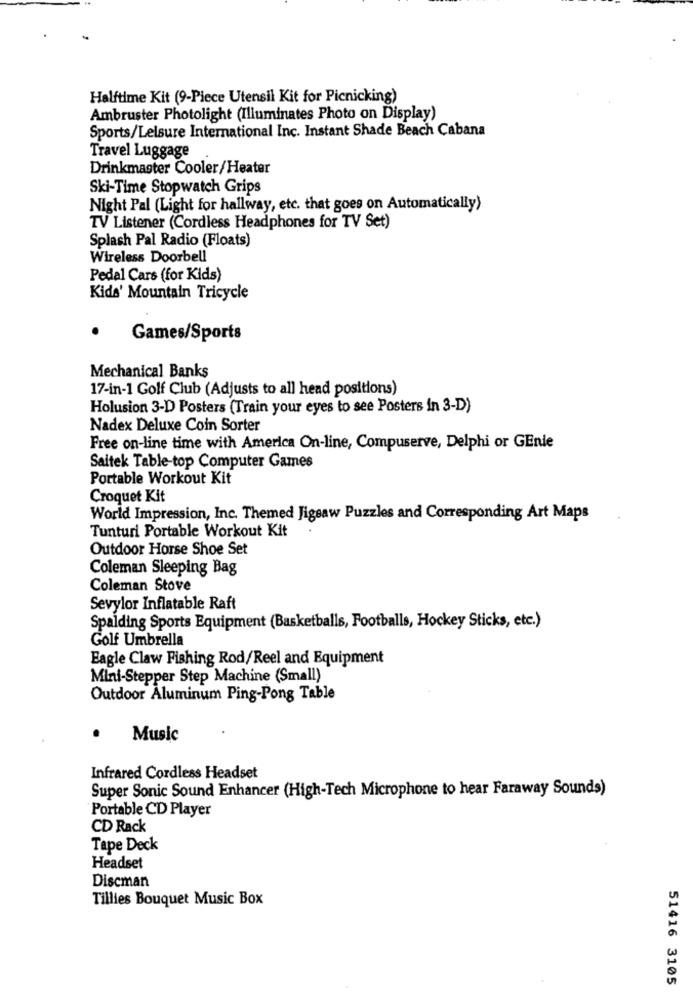
Halftime Kit (9-Piece Utensil Kit for Picnicking)
Ambruster Photolight (Illuminates Photo on Display)
Sports/Lelsure International Inc. Instant Shade Beach Cabana
Travel Luggage
Drinkmaster Cooler/Heater
Ski-Time Stopwatch Grips
Night Pal (Light for hallway, etc. that goes on Automatically)
TV Listener (Cordless Headphones for TV Set)
Splash Pal Radio (Floats)
Wireless Doorbell
Pedal Cars (for Kids)
Kids' Mountain Tricycle
.
Games/Sports
Mechanical Banks
17-in-1 Golf Club (Adjusts to all head positions)
Holusion 3-D Posters (Train your eyes to see Posters in 3-D)
Nadex Deluxe Coin Sorter
Free on-line time with America On-line, Compuserve, Delphi or GEnie
Saitek Table-top Computer Games
Portable Workout Kit
Croquet Kit
World Impression, Inc. Themed Jigsaw Puzzles and Corresponding Art Maps
Tunturi Portable Workout Kit
Outdoor Horse Shoe Set
Coleman Sleeping Bag
Coleman Stove
Sevylor Inflatable Raft
Spalding Sports Equipment (Basketballs, Footballs, Hockey Sticks, etc.)
Golf Umbrella
Eagle Claw Fishing Rod/Reel and Equipment
Mini-Stepper Step Machine (Small)
Outdoor Aluminum Ping-Pong Table
.
Music
Infrared Cordless Headset
Super Sonic Sound Enhancer (High-Tech Microphone to hear Faraway Sounds)
Portable CD Player
CD Rack
Tape Deck
Headset
Discman
Tillies Bouquet Music Box
51416 3105